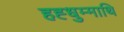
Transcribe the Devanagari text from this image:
हह्धुम्माथि